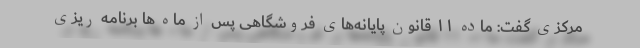
مرکزی گفت: ماده ۱۱ قانون پایانه‌های فروشگاهی پس از ماه ها برنامه ریزی